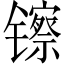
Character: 镲